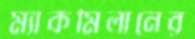
ম্যাকমিলানের